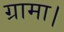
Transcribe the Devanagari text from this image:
ग्रामा।